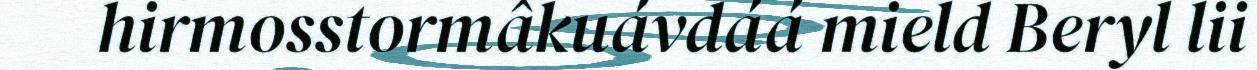
hirmosstormâkuávdáá mield Beryl lii